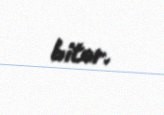
bitər.